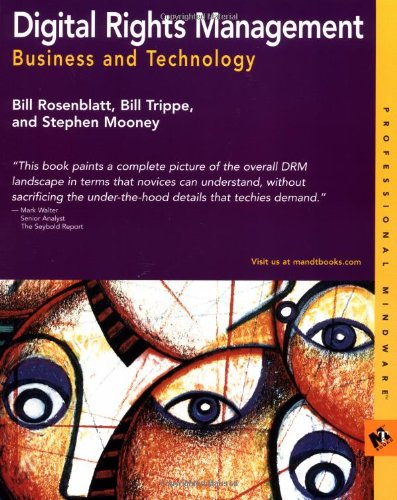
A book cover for Digital Rights Management: Business and Technology; Bill Rosenblatt; Law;